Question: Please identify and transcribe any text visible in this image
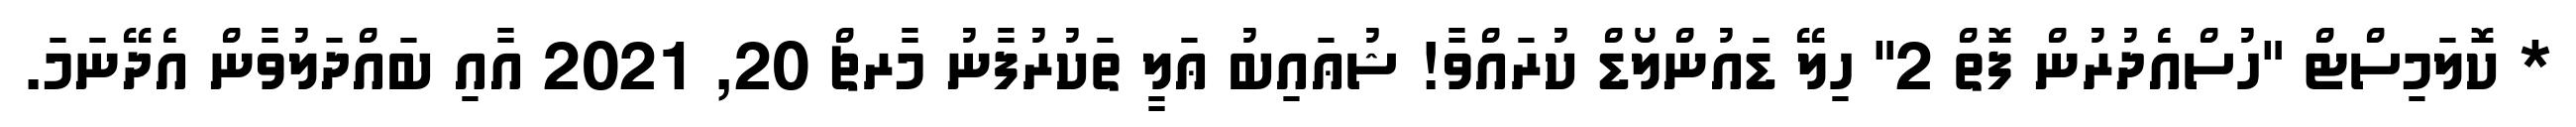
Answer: * ކޮލަމިސްޓް "ހުސްއެދުރުން ފޮތް 2" ހިލޭ ޑައުންލޯޑް ކުރައްވާ! ޝުޢައިބު ޢަލީ ތަކުރުފާނު މާރޗް 20, 2021 އާއި ބައްދަލުވާން އެދޭނަމަ.